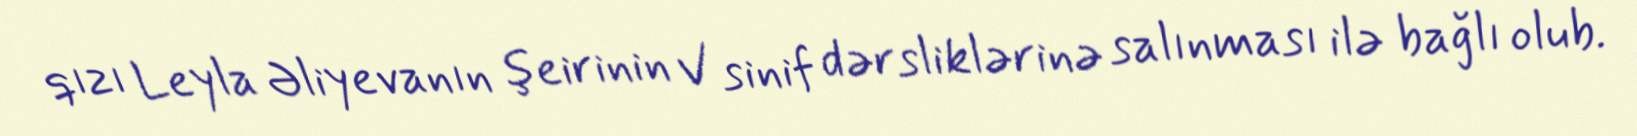
qızı Leyla Əliyevanın şeirinin V sinif dərsliklərinə salınması ilə bağlı olub.